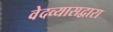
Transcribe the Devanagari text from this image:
वेदव्यासद्वारा